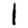
Digit: 1